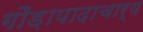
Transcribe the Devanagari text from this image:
गौड़ापादाचार्य